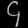
Digit: ၄